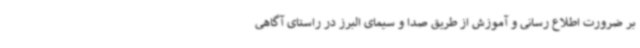
بر ضرورت اطلاع رسانی و آموزش از طریق صدا و سیمای البرز در راستای آگاهی